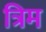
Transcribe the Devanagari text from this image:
त्रिम